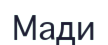
Мади